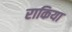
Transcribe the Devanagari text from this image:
राकिया